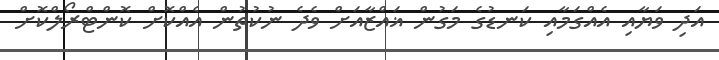
އަދި ވަޔާއި އެއްގަމާއި ކަނޑުގެ މަގުން ޣައްޒާއަށް ވެދެ ނުކުތުން އެއްކޮށް ކޮންޓްރޯލްކޮށް